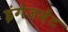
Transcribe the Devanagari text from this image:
इंगेजमेंट